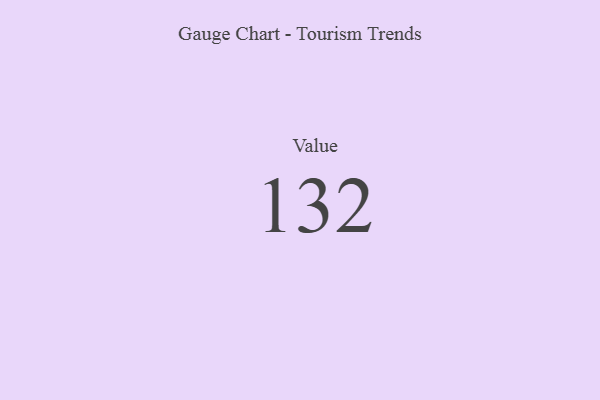
{"axis": {"x": "Metric", "y": "Value"}, "legend": [""], "data": [{"x": "Value", "y": 132, "type": ""}]}